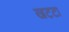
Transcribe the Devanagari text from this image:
खटटा